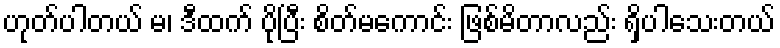
ဟုတ်ပါတယ် မ၊ ဒီထက် ပိုပြီး စိတ်မကောင်း ဖြစ်မိတာလည်း ရှိပါသေးတယ်